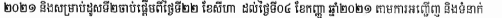
២០២១​ និងសម្រាប់ដូសទី២ចាប់ផ្ដើមពីថ្ងៃទី២២ ខែសីហា ដល់ថ្ងៃទី០៤ ខែកញ្ញា ឆ្នាំ២០២១ តាមការអញ្ជើញ និងទំនាក់